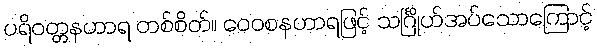
ပရိဝတ္တနဟာရ တစ်စိတ်။ ဝေဝစနဟာရဖြင့် သင်္ဂြိုဟ်အပ်သောကြောင့်